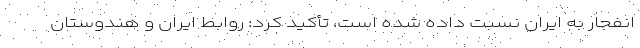
انفجار به ایران نسبت داده شده است، تأکید کرد: روابط ایران و هندوستان